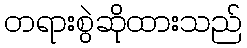
တရားစွဲဆိုထားသည်